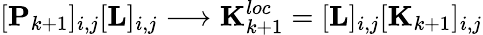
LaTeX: [\mathbf{P}_{k+1}]_{i,j}[\mathbf{L}]_{i,j}\longrightarrow{\mathbf{K}_{k+1}^{loc}=[\mathbf{L}]_{i,j}[\mathbf{K}_{k+1}]_{i,j}}